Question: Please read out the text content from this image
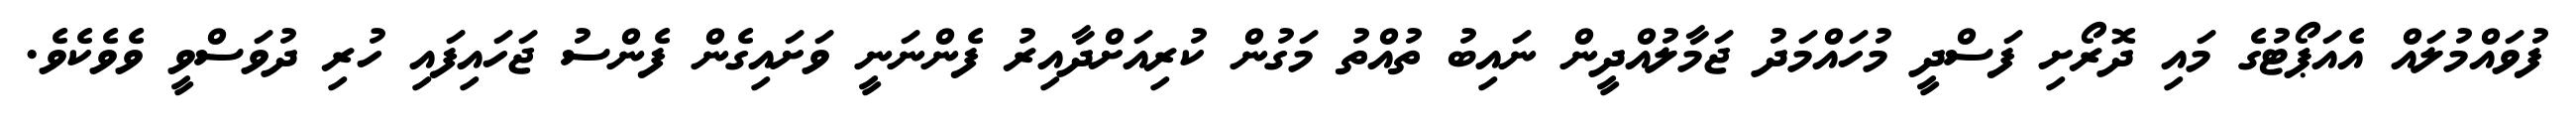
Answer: ފުވައްމުލައް އެއަޕޯޓުގެ މައި ދޮރޯށި ފަސްދީ މުހައްމަދު ޖަމާލުއްދީން ނައިބު ތުއްތު މަގުން ކުރިއަށްދާއިރު ފެންނަނީ ވަށައިގެން ފެންސު ޖަހައިފައި ހުރި ދުވަސްވީ ވެވެކެވެ.